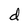
Character: d